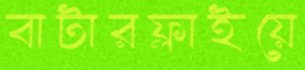
বাটারফ্লাইয়ে